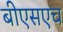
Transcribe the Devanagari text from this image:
बीएसएच